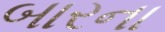
બારના